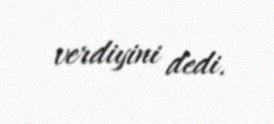
verdiyini dedi.